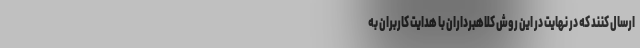
ارسال کنند که در نهایت در این روش کلاهبرداران با هدایت کاربران به